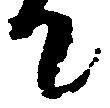
て